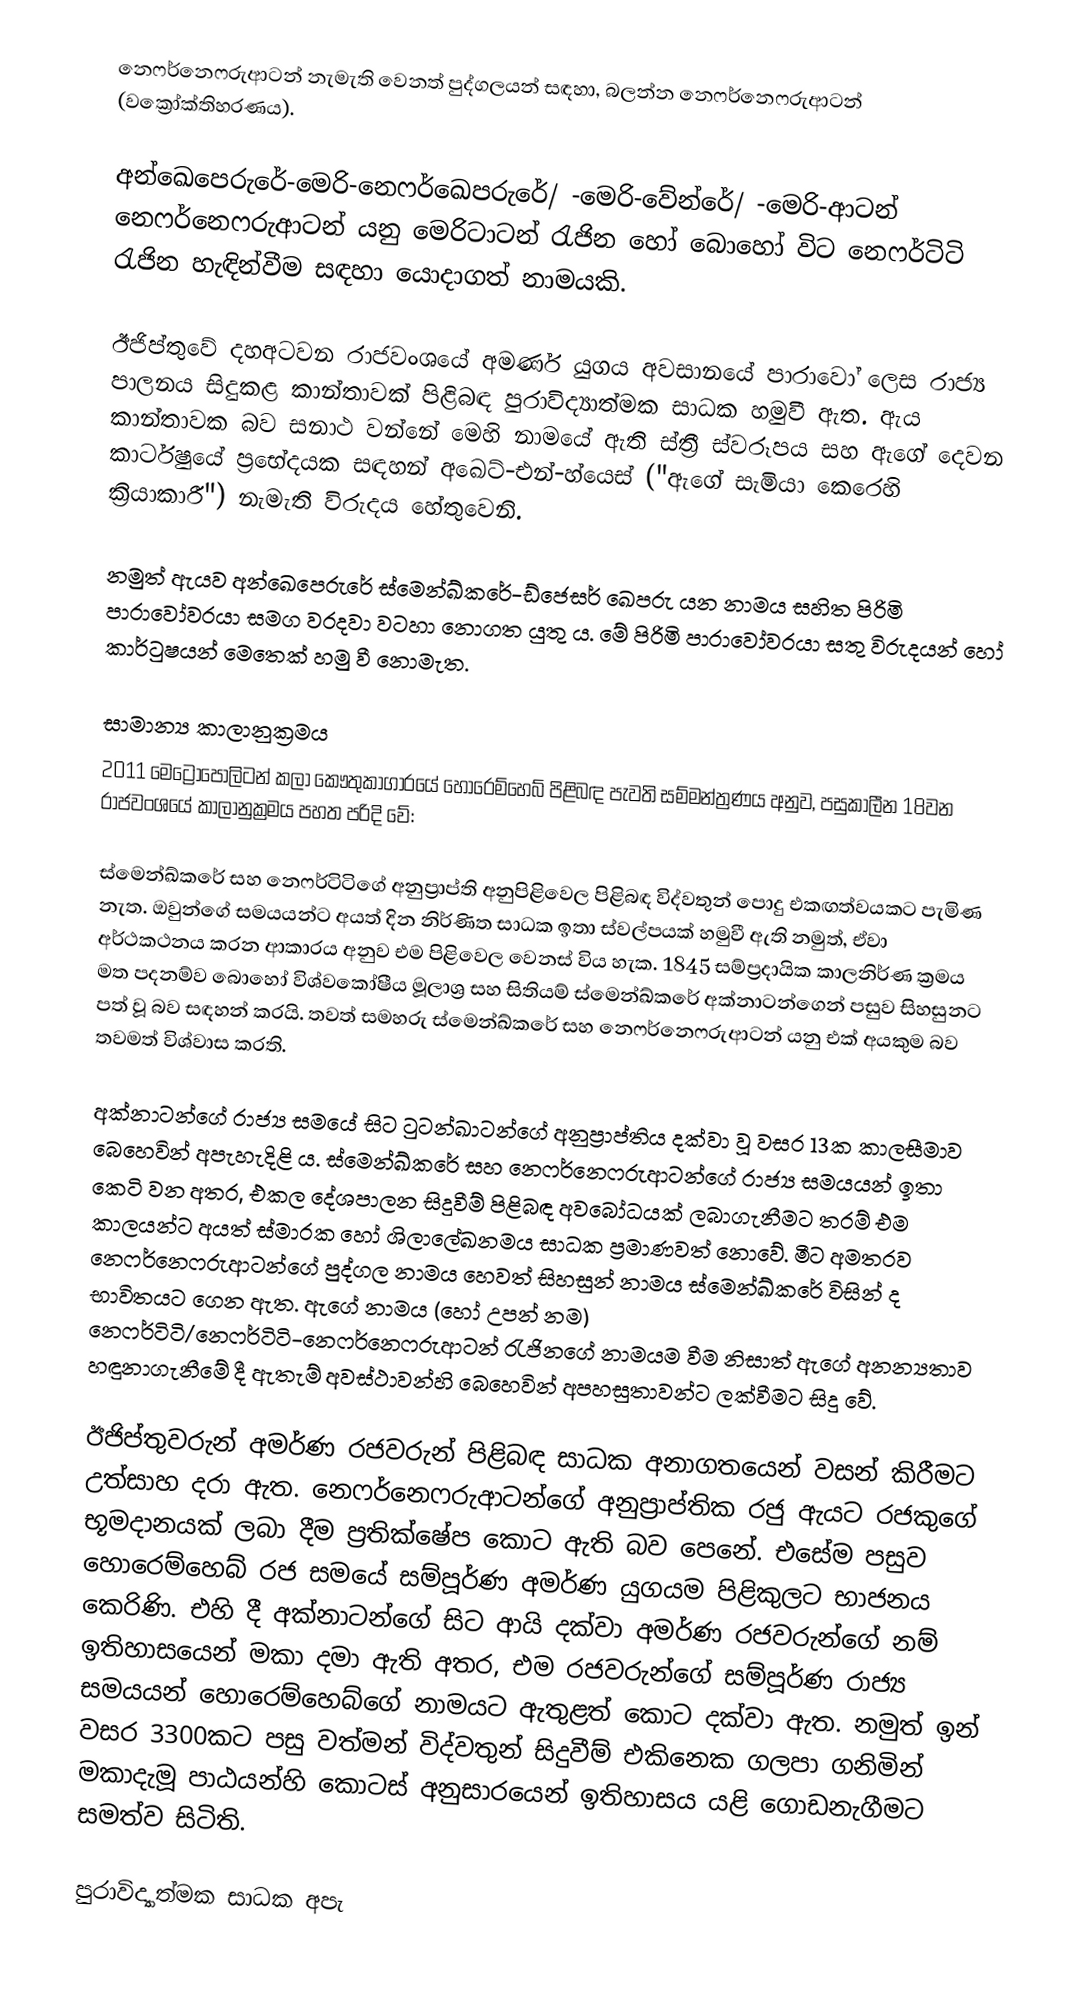
නෙෆර්නෙෆරුආටන් නැමැති වෙනත් පුද්ගලයන් සඳහා, බලන්න නෙෆර්නෙෆරුආටන් (වක්‍රෝක්තිහරණය).

අන්ඛෙපෙරුරේ-මෙරි-නෙෆර්ඛෙපරුරේ/ -මෙරි-වේන්රේ/ -මෙරි-ආටන් නෙෆර්නෙෆරුආටන් යනු මෙරිටා‍ටන් රැජින හෝ බොහෝ විට නෙෆර්ටිටි රැජින හැඳින්වීම සඳහා යොදාගත් නාමයකි.

ඊජිප්තුවේ දහඅටවන රාජවංශයේ අමර්ණ යුගය අවසානයේ පාරාවෝ ලෙස රාජ්‍ය පාලනය සිදුකළ කාන්තාවක් පිළිබඳ පුරාවිද්‍යාත්මක සාධක හමුවී ඇත. ඇය කාන්තාවක බව සනාථ වන්නේ මෙහි නාමයේ ඇති ස්ත්‍රී ස්වරූපය සහ ඇගේ දෙවන කාර්ටුෂයේ ප්‍රභේදයක සඳහන් අඛෙට්-එන්-හ්යෙස් ("ඇගේ සැමියා කෙරෙහි ක්‍රියාකාරී") නැමැති විරුදය හේතුවෙනි.

නමුත් ඇයව අන්ඛෙපෙරුරේ ස්මෙන්ඛ්කරේ-ඩ්ජෙසර් ඛෙපරු යන නාමය සහිත පිරිමි පාරාවෝවරයා සමග වරදවා වටහා නොගත යුතු ය. මේ පිරිමි පාරාවෝවරයා සතු විරුදයන් හෝ කාර්ටුෂයන් මෙතෙක් හමු වී නොමැත.

සාමාන්‍ය කාලානුක්‍රමය
2011 මෙට්‍රොපොලිටන් කලා කෞතුකාගාරයේ හොරෙම්හෙබ් පිළිබඳ පැවති සම්මන්ත්‍රණය අනුව, පසුකාලීන 18වන රාජවංශයේ කාලානුක්‍රමය පහත පරිදි වේ:

ස්මෙන්ඛ්කරේ සහ නෙෆර්ටිටිගේ අනුප්‍රාප්ති අනුපිළිවෙල පිළිබඳ විද්වතුන් පොදු එකඟත්වයකට පැමිණ නැත. ඔවුන්ගේ සමයයන්ට අයත් දින නිර්ණිත සාධක ඉතා ස්වල්පයක් හමුවී ඇති නමුත්, ඒවා අර්ථකථනය කරන ආකාරය අනුව එම පිළිවෙල වෙනස් විය හැක. 1845 සම්ප්‍රදායික කාලනිර්ණ ක්‍රමය මත පදනම්ව බොහෝ විශ්වකෝෂීය මූලාශ්‍ර සහ සිතියම් ස්මෙන්ඛ්කරේ අක්නාටන්ගෙන් පසුව සිහසුනට පත් වූ බව සඳහන් කරයි. තවත් සමහරු ස්මෙන්ඛ්කරේ සහ නෙෆර්නෙෆරුආටන් යනු එක් අයකුම බව තවමත් විශ්වාස කරති.

අක්නාටන්ගේ රාජ්‍ය සමයේ සිට ටුටන්ඛාටන්ගේ අනුප්‍රාප්තිය දක්වා වූ වසර 13ක කාලසීමාව බෙහෙවින් අපැහැදිළි ය. ස්මෙන්ඛ්කරේ සහ නෙෆර්නෙෆරුආටන්ගේ රාජ්‍ය සමයයන් ඉතා කෙටි වන අතර, එකල දේශපාලන සිදුවීම් පිළිබඳ අවබෝධයක් ලබාගැනීමට තරම් එම කාලයන්ට අයත් ස්මාරක හෝ ශිලාලේඛනමය සාධක ප්‍රමාණවත් නොවේ. මීට අමතරව නෙෆර්නෙෆරුආටන්ගේ පුද්ගල නාමය හෙවත් සිහසුන් නාමය ස්මෙන්ඛ්කරේ විසින් ද භාවිතයට ගෙන ඇත. ඇගේ නාමය (හෝ උපන් නම) නෙෆර්ටිටි/නෙෆර්ටිටි-නෙෆර්නෙෆරුආටන් රැජිනගේ නාමයම වීම නිසාත් ඇගේ අනන්‍යතාව හඳුනාගැනීමේ දී ඇතැම් අවස්ථාවන්හි බෙහෙවින් අපහසුතාවන්ට ලක්වීමට සිදු වේ.

ඊජිප්තුවරුන් අමර්ණ රජවරුන් පිළිබඳ සාධක අනාගතයෙන් වසන් කිරීමට උත්සාහ දරා ඇත. නෙෆර්නෙෆරුආටන්ගේ අනුප්‍රාප්තික රජු ඇයට රජකුගේ භූමදානයක් ලබා දීම ප්‍රතික්ෂේප කොට ඇති බව පෙනේ. එසේම පසුව හොරෙම්හෙබ් රජ සමයේ සම්පූර්ණ අමර්ණ යුගයම පිළිකුලට භාජනය කෙරිණි. එහි දී අක්නාටන්‍ගේ සිට ආයි දක්වා අමර්ණ රජවරුන්ගේ නම් ඉතිහාසයෙන් මකා දමා ඇති අතර, එම රජවරුන්ගේ සම්පූර්ණ රාජ්‍ය සමයයන් හොරෙම්හෙබ්ගේ නාමයට ඇතුළත් කොට දක්වා ඇත. නමුත් ඉන් වසර 3300කට පසු වත්මන් විද්වතුන් සිදුවීම් එකිනෙක ගලපා ගනිමින් මකාදැමූ පාඨයන්හි කොටස් අනුසාරයෙන් ඉතිහාසය යළි ගොඩනැගීමට සමත්ව සිටිති.

පුරාවිද්‍යාත්මක සාධක අපැ